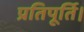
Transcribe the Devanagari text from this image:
प्रतिपूर्ति।